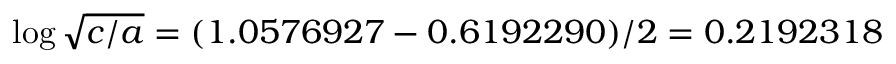
\log { \sqrt { c / a } } = ( 1 . 0 5 7 6 9 2 7 - 0 . 6 1 9 2 2 9 0 ) / 2 = 0 . 2 1 9 2 3 1 8